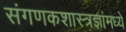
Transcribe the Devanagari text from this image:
संगणकशास्त्रज्ञांमध्ये